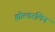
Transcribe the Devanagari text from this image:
ह्योल्डरलिन